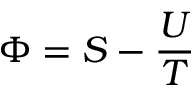
\Phi = S - { \frac { U } { T } }